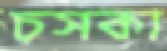
চসকা